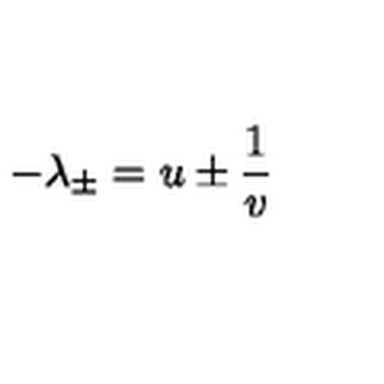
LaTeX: - \lambda _ { \pm } = u \pm \frac { 1 } { v }